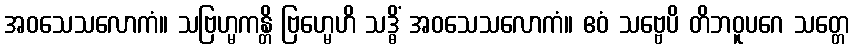
အဝသေသလောကံ။ သဗြဟ္မကန္တိ ဗြဟ္မေဟိ သဒ္ဓိံ အဝသေသလောကံ။ ဧဝံ သဗ္ဗေပိ တိဘဝူပဂေ သတ္တေ